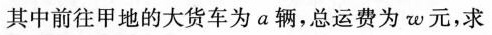
其中前往甲地的大货车为a辆，总运费为w元，求